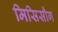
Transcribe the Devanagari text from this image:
मिसिसौग